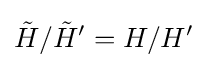
{\tilde {H}}/{\tilde {H}}'=H/H'